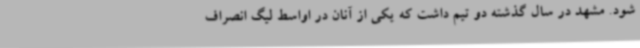
شود. مشهد در سال گذشته دو تیم داشت که یکی از آنان در اواسط لیگ انصراف